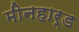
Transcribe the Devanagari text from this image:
मीनहार्ड